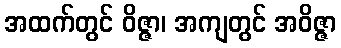
အထက်တွင် ဝိဇ္ဇာ၊ အကျတွင် အဝိဇ္ဇာ